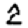
Digit: 2